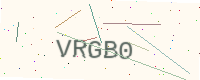
Text: VRGB0